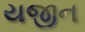
યજીન